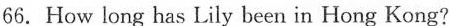
66. How long has Lily been in Hong Kong?